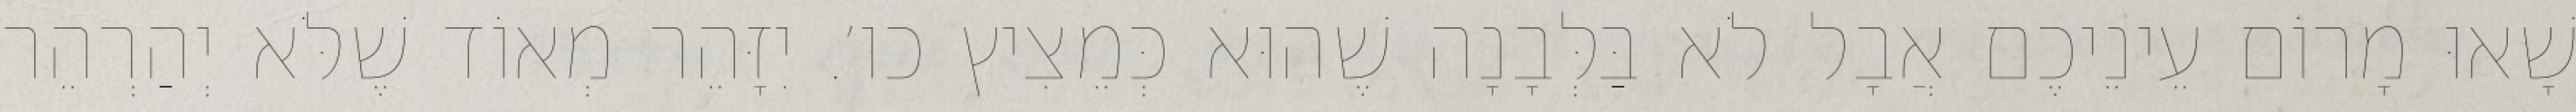
שָׁאוּ מָרוֹם עֵינֵיכֶם אֲבָל לֹא בַּלְּבָנָה שֶׁהוּא כְּמֵצִיץ כו׳. יִזָּהֵר מְאוֹד שֶׁלֹּא יְהַרְהֵר